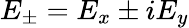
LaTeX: E_{\pm}=E_{x}\pm iE_{y}